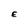
Character: E